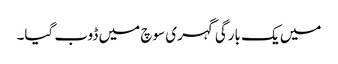
میں یک بارگی گہری سوچ میں ڈوب گیا۔